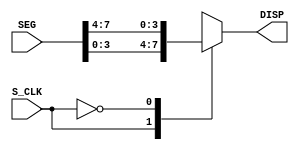
`timescale 1ns / 1ps
//////////////////////////////////////////////////////////////////////////////////
// Company: 
// Engineer: 
// 
// Design Name: 
// Module Name:    DispSelector 
// Project Name: 
// Target Devices: 
// Tool versions: 
// Description: 
//
// Dependencies: 
//
// Revision: 
// Revision 0.01 - File Created
// Additional Comments: 
//
//////////////////////////////////////////////////////////////////////////////////
module DispSelector(SEG, S_CLK, DISP);
    input [7:0]SEG;
    input S_CLK;
    output [3:0]DISP;

    function [3:0]sel;
        input [7:0]seg;
        input s_clk;
        begin
            case (s_clk)
                1'b1:sel = seg[3:0];
                1'b0:sel = seg[7:4];
            endcase
        end
    endfunction

    assign DISP = sel(SEG, S_CLK);
endmodule